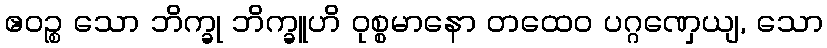
ဧဝဉ္စ သော ဘိက္ခု ဘိက္ခူဟိ ဝုစ္စမာနော တထေဝ ပဂ္ဂဏှေယျ, သော